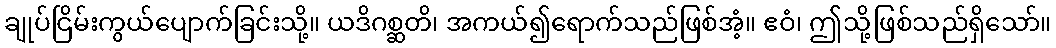
ချုပ်ငြိမ်းကွယ်ပျောက်ခြင်းသို့။ ယဒိဂစ္ဆတိ၊ အကယ်၍ရောက်သည်ဖြစ်အံ့။ ဧဝံ၊ ဤသို့ဖြစ်သည်ရှိသော်။